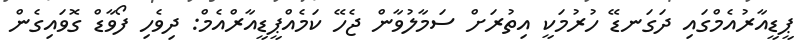
ޕީޑީއާރުއެމްގައި ދަގަނޑޭ ހުރުމަކީ އިތުރަށް ސަމާލުވާން ޖެހޭ ކަމެއްޕީޑީއާރްއެމް: ދިވެހި ފޯވާޑް ގޮވައިގެން